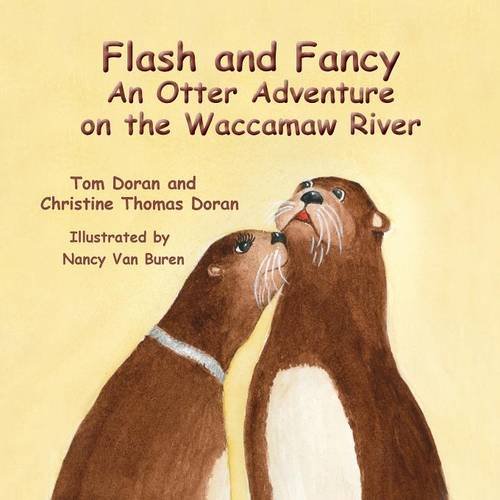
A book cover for Flash and Fancy an Otter Adventure on the Waccamaw River; Christine Thomas Doran; Children's Books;